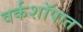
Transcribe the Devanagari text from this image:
वर्कशॉपात